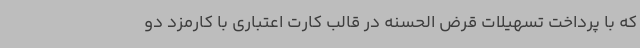
که با پرداخت تسهیلات قرض الحسنه در قالب کارت اعتباری با کارمزد دو